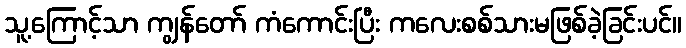
သူ့ကြောင့်သာ ကျွန်တော် ကံကောင်းပြီး ကလေးစစ်သားမဖြစ်ခဲ့ခြင်းပင်။